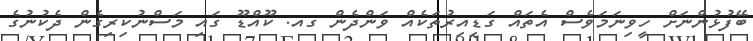
ބޭފުޅުންނަށް ހީވިނަމަވެސް އެތައް ގަޑިއިރުތަކެއް ވަންދެން ގއ. ކޫއްޑޫ ގައި މަސްނުކިރިގެން ދެކުނުގެ